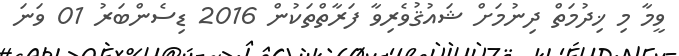
ވީމާ މި ޚިދުމަތް ދިނުމަށް ޝައުޤުވެރިވާ ފަރާތްތަކުން 2016 ޑިސެންބަރު 01 ވަނަ